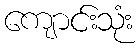
ကျောင်းသုံး